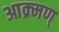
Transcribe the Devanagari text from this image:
आक्र्मण्